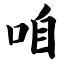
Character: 咱